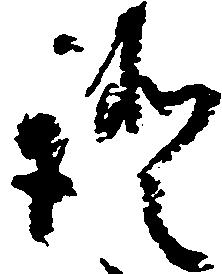
証